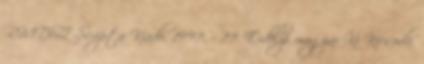
RMDSZ-Scripta Kiadó, 1997. – 77. Erdélyi magyar Ki Kicsoda.